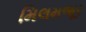
મિલમજૂર